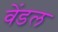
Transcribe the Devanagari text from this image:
वेंडल